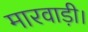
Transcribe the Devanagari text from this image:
मारवाड़ी।